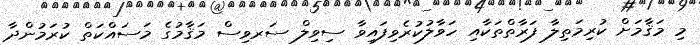
މި މަޤާމަށް ކުރިމަތިލާ ފަރާތްތަކާއި ހަވާލުކުރެވިފައިވާ ސިވިލް ސަރވިސް މަޤާމުގެ މަސައްކަތް ކުރަމުންދާ